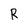
Character: R